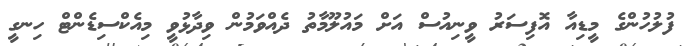
ފުލުހުންގެ މީޑިއާ އޮފިސަރު ވީނިއުސް އަށް މައުލޫމާތު ދެއްވަމުން ވިދާޅުވީ މިއެކްސިޑެންޓް ހިނގީ